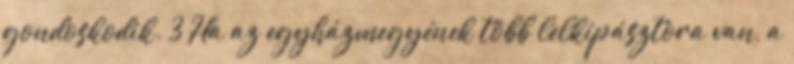
gondoskodik. 3 Ha az egyházmegyének több lelkipásztora van, a